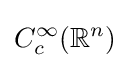
C_{c}^{\infty }(\mathbb {R} ^{n})